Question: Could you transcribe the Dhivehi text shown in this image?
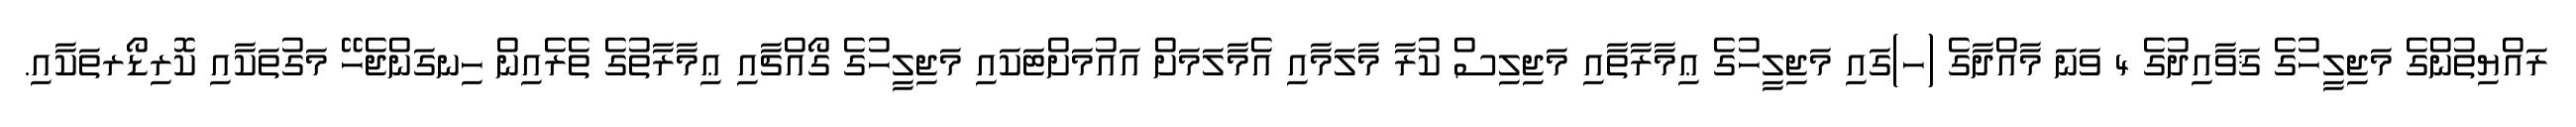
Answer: ރައްޔިތުންގެ މަޖިލީހުގެ ޤަވާއިދުގެ 4 ވަނަ މާއްދާގެ (ހ)ގައި މަޖިލީހުގެ ޢިމާރާތާއި މަޖިލިސް ކުރާ މާލަމާއި އެމާލަމަށް އައުމަށްޓަކައި މަޖިލީހުގެ ގޯއްޗާއި ޢިމާރާތުގެ ތެރެއިން ހިނގަންޖެހޭ މަގުތަކާއި ކޮރިޑޯރތަކާއި.